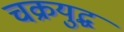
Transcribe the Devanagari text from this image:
चक्रयुद्ध